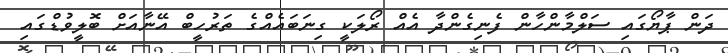
ދަން ޕާޔޯގައި ސަލްމާންހާން ފެނިގެންދާ އެއް ރޯލަކީ ގިނަބައެއްގެ ތަރުހީބް އޭނާއަށް ބޮލީވުޑްގައި